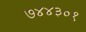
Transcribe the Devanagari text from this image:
७४४३०१